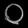
Digit: ၀